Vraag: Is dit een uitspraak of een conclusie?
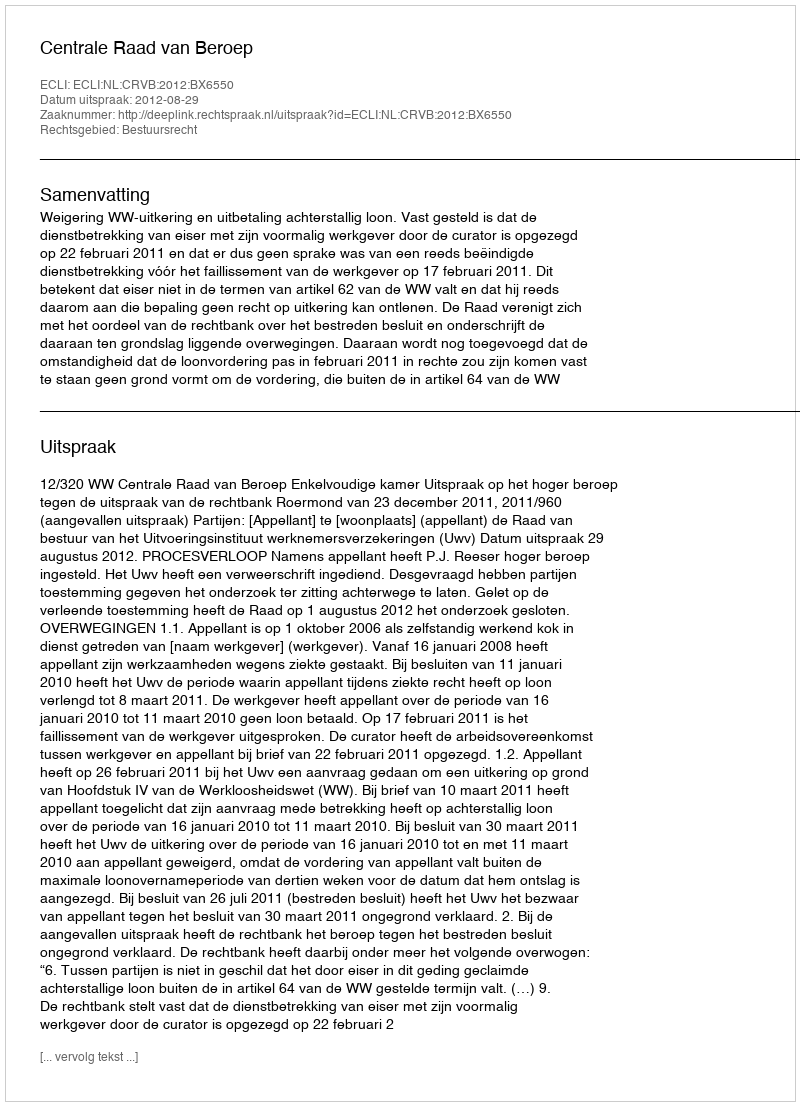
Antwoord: Uitspraak